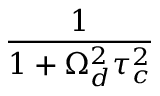
\frac { 1 } { 1 + \Omega _ { d } ^ { 2 } \tau _ { c } ^ { 2 } }